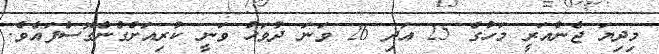
މިދިޔަ ޖެނުއަރީ މަހުގެ 25 އަދި 26 ވަނަ ދުވަހު ވަނީ ކުރިއަށްގެންގޮސްފައެވެ.